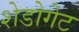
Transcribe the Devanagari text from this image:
शेडोगेट